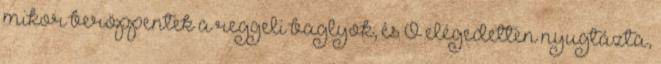
mikor beröppentek a reggeli baglyok, és Ő elégedetten nyugtázta,